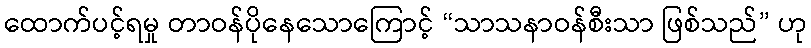
ထောက်ပင့်ရမှု တာဝန်ပိုနေသောကြောင့် “သာသနာဝန်စီးသာ ဖြစ်သည်” ဟု